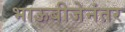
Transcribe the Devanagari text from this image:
भाऊबीजेनंतर